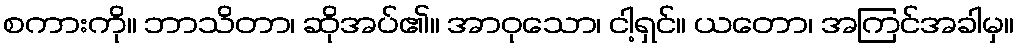
စကားကို။ ဘာသိတာ၊ ဆိုအပ်၏။ အာဝုသော၊ ငါ့ရှင်။ ယတော၊ အကြင်အခါမှ။